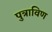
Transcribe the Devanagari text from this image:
पुत्राविण